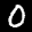
Digit: 0